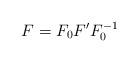
LaTeX: \begin{align*}F=F_0 F' F^{-1}_0\end{align*}